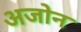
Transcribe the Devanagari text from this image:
अजोन